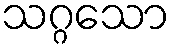
သဂ္ဂသော